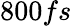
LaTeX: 800fs